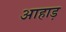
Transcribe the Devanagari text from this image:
आहाड़